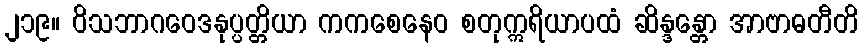
၂၁၉။ ဝိသဘာဂဝေဒနုပ္ပတ္တိယာ ကကစေနေဝ စတုဣရိယာပထံ ဆိန္ဒန္တော အာဗာဓတီတိ